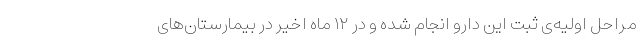
مراحل اولیه‌ی ثبت این دارو انجام شده و در ۱۲ ماه اخیر در بیمارستان‌های